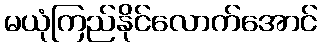
မယုံကြည်နိုင်လောက်အောင်